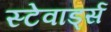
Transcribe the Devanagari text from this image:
स्टेवार्ड्स